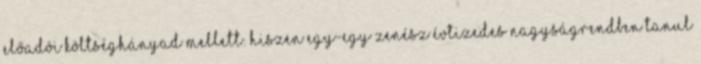
előadói költséghányad mellett: hiszen egy-egy zenész évtizedes nagyságrendben tanul